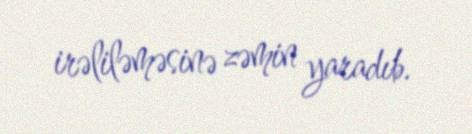
irəliləməsinə zəmin yaradıb.